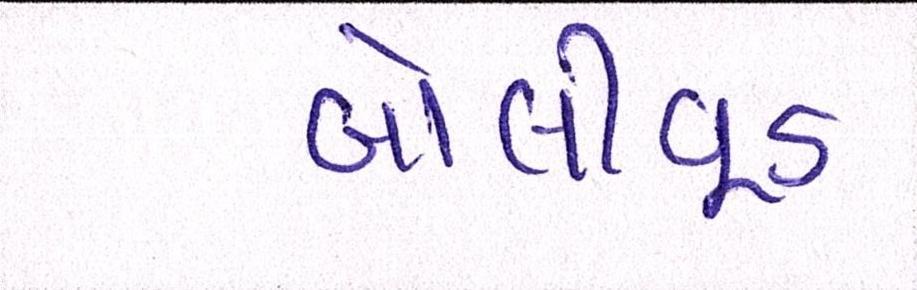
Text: બૉલીવૂડ